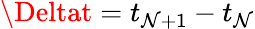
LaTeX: \Deltat=t_{\mathcal{N}+1}-t_{\mathcal{N}}